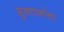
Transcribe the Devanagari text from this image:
सुलतानांचा